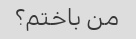
من باختم؟